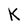
Character: K